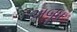
અબૂધ